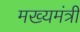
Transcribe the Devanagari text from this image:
मख्यमंत्री